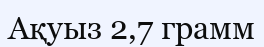
Ақуыз 2,7 грамм